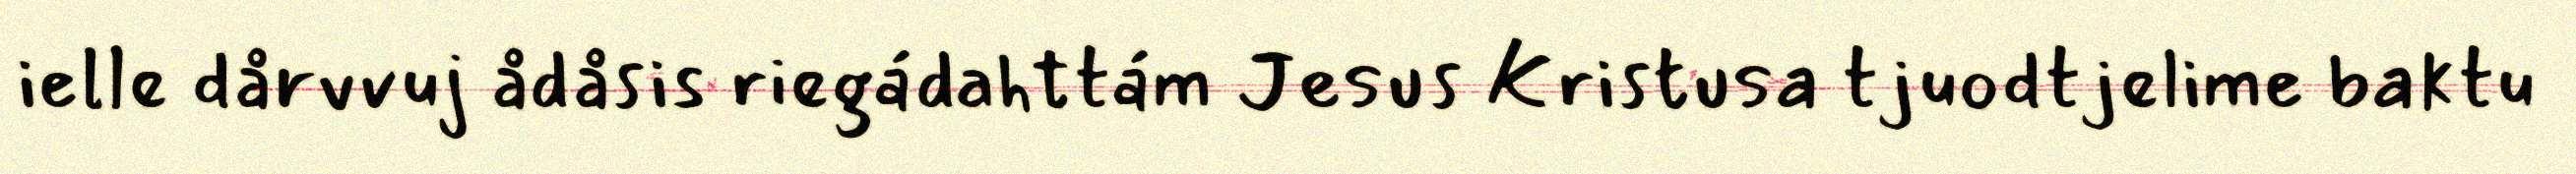
ielle dårvvuj ådåsis riegádahttám Jesus Kristusa tjuodtjelime baktu